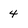
Character: 4